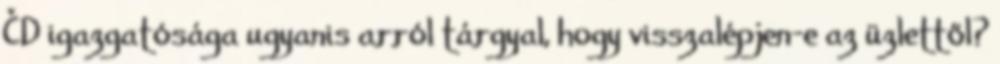
ČD igazgatósága ugyanis arról tárgyal, hogy visszalépjen-e az üzlettől?